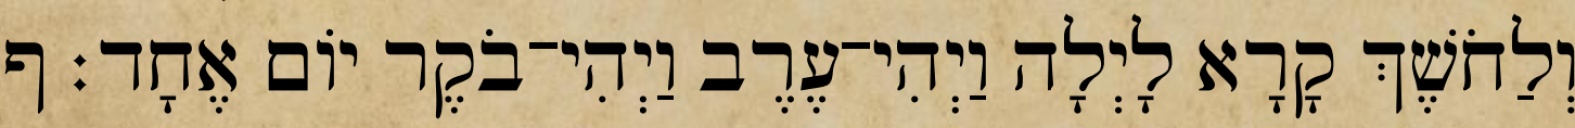
וְלַחֹשֶׁךְ קָרָא לָיְלָה וַיְהִי־עֶרֶב וַיְהִי־בֹקֶר יֹום אֶחָד׃ ף